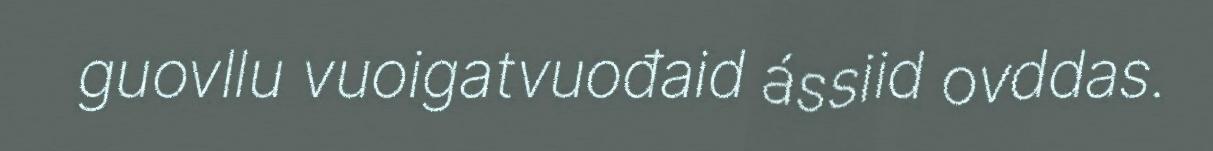
guovllu vuoigatvuođaid ássiid ovddas.